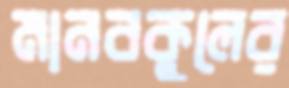
মানবকুলের